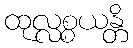
ထုလ္လစ္စယန္တိ